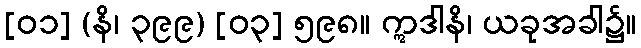
[၀၁] (နိ၊ ၃၉၉) [၀၃] ၅၉၈။ ဣဒါနိ၊ ယခုအခါ၌။